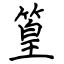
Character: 篁